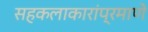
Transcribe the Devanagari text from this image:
सहकलाकारांप्रमाणे